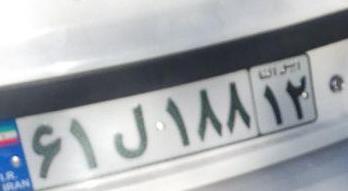
۶۱ل۱۸۸۱۲